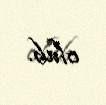
olub.